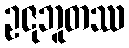
ဥဇုဘူတဿ